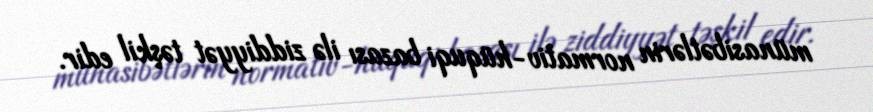
münasibətlərin normativ-hüquqi bazası ilə ziddiyyət təşkil edir.